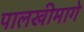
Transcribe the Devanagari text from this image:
पालखीमागे